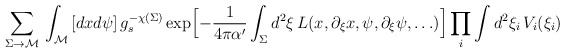
\begin{align*}\hspace{-1.5cm}\sum_{\Sigma \rightarrow {\cal M}}\, \int_{{\cal M}}\,[dxd\psi]\, g_s^{-\chi(\Sigma)}\exp\Bigl[ -{1\over 4\pi \alpha'}\int_{\Sigma}d^2\xi \, L(x,\partial_{\xi}x, \psi, \partial_{\xi}\psi,\ldots)\Bigr] \prod_i \int d^2 \xi_i \, V_i(\xi_i)\end{align*}